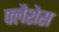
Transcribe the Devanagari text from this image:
फ्लैशेस